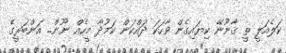
ކަލެއަލީ ތީ ޤާނޫނޭ ކިޔައިގެން ވާހަކަ ދައްކަން ކަމުދާ މީހެއް ނޫން.. އަންބަރީގެ